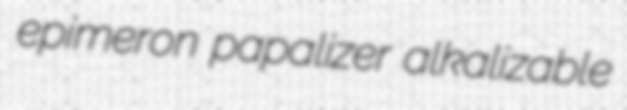
epimeron papalizer alkalizable